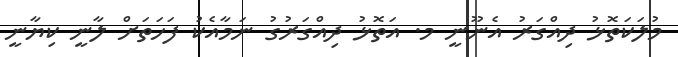
މުލަކަތޮޅު ދިއްގަރު އެނޫނީ މ. އަތޮޅު ދިއްގަރުގު ނަމާއެކު ފަހަތަށް ލާނީ ކިޔާނީ